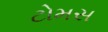
ટોમસ